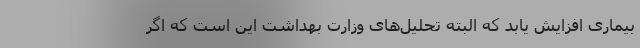
بیماری افزایش یابد که البته تحلیل‌های وزارت بهداشت این است که اگر